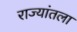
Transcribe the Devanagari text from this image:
राज्यांतला